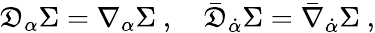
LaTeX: \mathfrak{D}_{\alpha}\Sigma=\nabla_{\alpha}\Sigma\ ,\quad\bar{{\mathfrak{D}}}_{\dot{{\alpha}}}\Sigma=\bar{{\nabla}}_{\dot{{\alpha}}}\Sigma\ ,